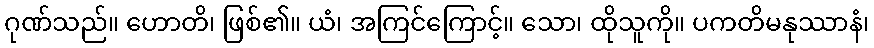
ဂုဏ်သည်။ ဟောတိ၊ ဖြစ်၏။ ယံ၊ အကြင်ကြောင့်။ သော၊ ထိုသူကို။ ပကတိမနုဿာနံ၊